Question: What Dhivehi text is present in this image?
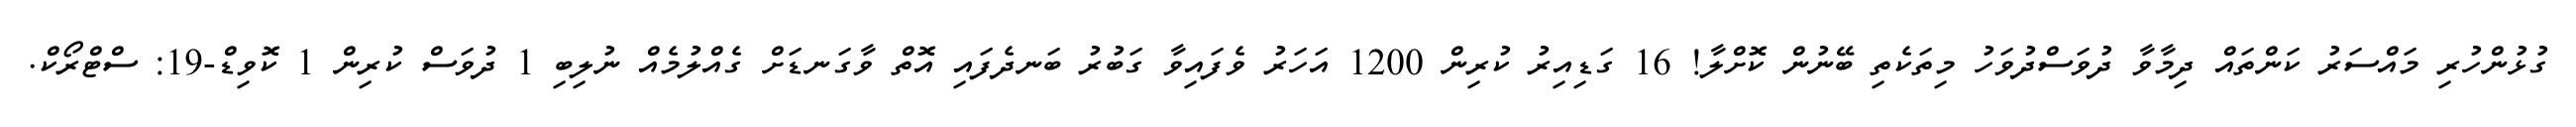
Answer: ގުޅުންހުރި މައްސަރު ކަންތައް ދިމާވާ ދުވަސްދުވަހު މިތަކެތި ބޭނުން ކޮށްލާ! 16 ގަޑިއިރު ކުރިން 1200 އަހަރު ވެފައިވާ ގަބުރު ބަނދެފައި އޮތް ވާގަނޑަށް ގެއްލުމެއް ނުލިބި 1 ދުވަސް ކުރިން 1 ކޮވިޑް-19: ސްޓްރޯކް.